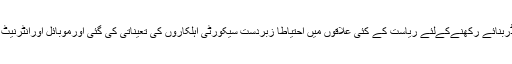
اس کے پیش نظرلا اینڈ آرڈربنائے رکھنےکےلئے ریاست کے کئی علاقوں میں احتیاطاً زبردست سیکورٹی اہلکاروں کی تعیناتی کی گئی اورموبائل اورانٹرنیٹ خدمات معطل کردی گئیں۔